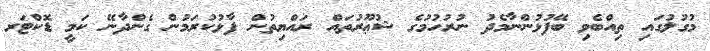
މުގުލުގައި ތިއްބެވި ބޭފުޅުންނާމެދު ނުރުހުމުގެ ޝުޢޫރުތައް ރައްޔިތުން ފާޅުކުރަމުން ގެންދާނޭ ކަމީ ޑޮކްޓަރ